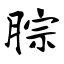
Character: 腙